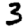
Digit: 3